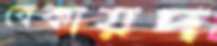
বেকায়দ